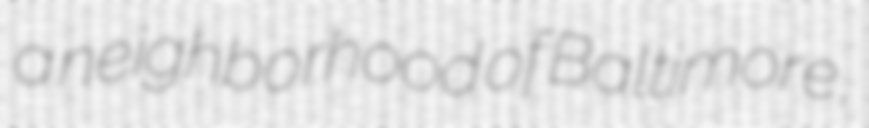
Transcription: a neighborhood of Baltimore,